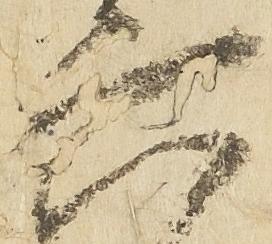
六